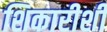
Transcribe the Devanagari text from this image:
शिकारीशी